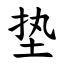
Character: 垫